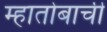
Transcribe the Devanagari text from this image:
म्हातोबाची